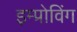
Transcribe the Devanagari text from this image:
इम्प्रोविंग